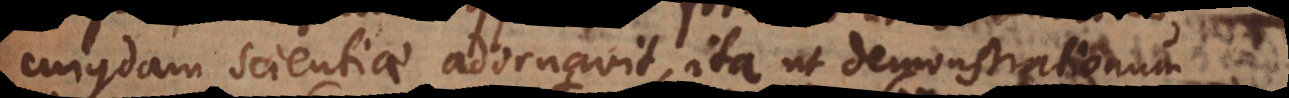
cujusdam scientiae adornavit, ita ut demonstrationum sit